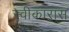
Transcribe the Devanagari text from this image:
स्वीकारास